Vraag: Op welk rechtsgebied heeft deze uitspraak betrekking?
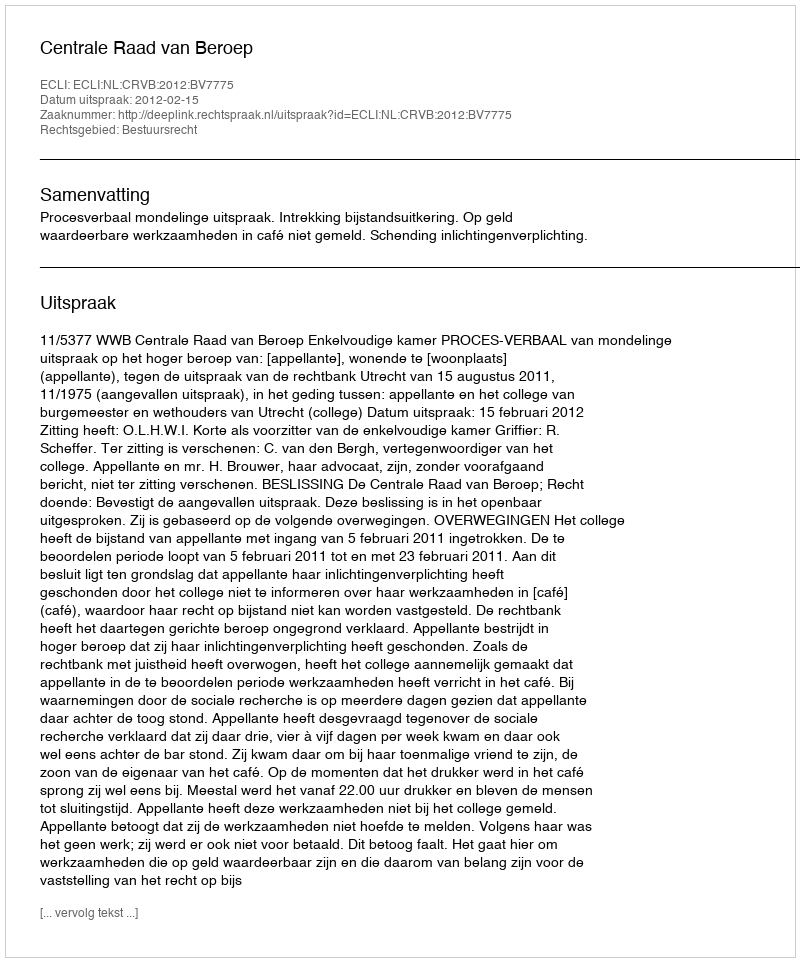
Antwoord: Bestuursrecht